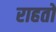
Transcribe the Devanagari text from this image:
राहतों